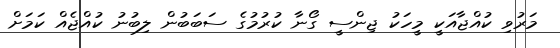
މަރުވި ކުއްޖާއަކީ މީހަކު ޖިންސީ ގޯނާ ކުރުމުގެ ސަބަބުން ލިބުނު ކުއްޖެއް ކަމަށް